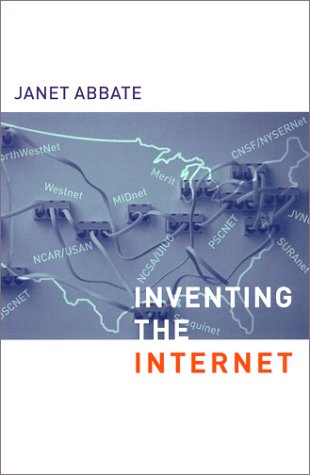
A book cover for Inventing the Internet (Inside Technology); Janet Abbate; Computers & Technology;